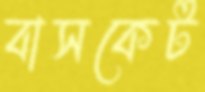
বাসকেট